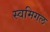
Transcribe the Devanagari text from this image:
स्वमिगल